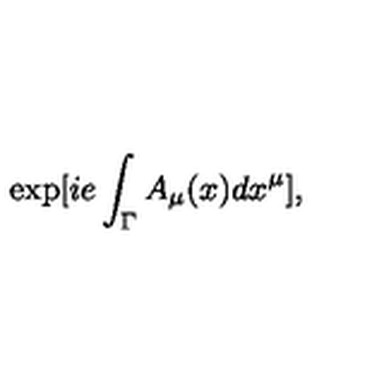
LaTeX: \exp [ i e \int _ { \Gamma } A _ { \mu } ( x ) d x ^ { \mu } ] ,